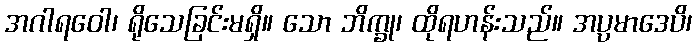
အဂါရဝေါ၊ ရိုသေခြင်းမရှိ။ သော ဘိက္ခု၊ ထိုရဟန်းသည်။ အပ္ပမာဒေပိ၊